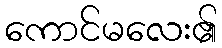
ကောင်မလေး၏